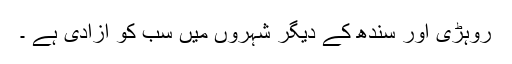
روہڑی اور سندھ کے دیگر شہروں میں سب کو آزادی ہے ۔